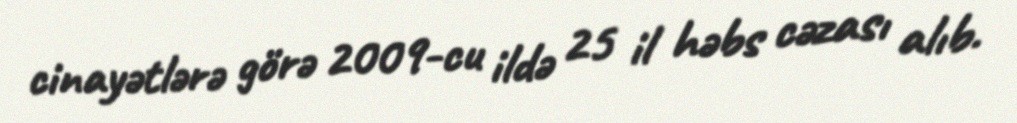
cinayətlərə görə 2009-cu ildə 25 il həbs cəzası alıb.